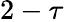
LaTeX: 2-\tau